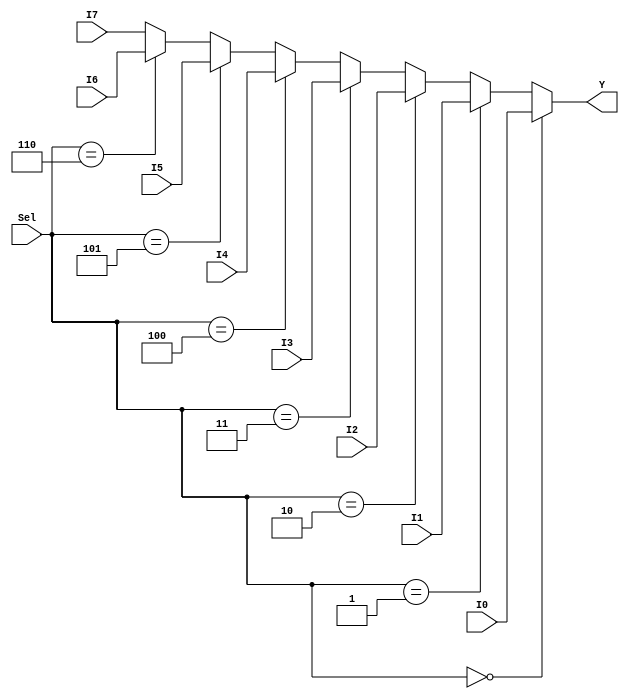
`timescale 1ns / 1ps
//////////////////////////////////////////////////////////////////////////////////
// Company: 
// Engineer: 
// 
// Design Name: 
// Module Name:    mux2_1bus 
// Project Name: 
// Target Devices: 
// Tool versions: 
// Description: 
//
// Dependencies: 
//
// Revision: 
// Revision 0.01 - File Created
// Additional Comments: 
//
//////////////////////////////////////////////////////////////////////////////////
module mux4_4bus(
    input [3:0] I0,
    input [3:0] I1,
	input [3:0] I2,
    input [3:0] I3,
    
    input [3:0] I4,
    input [3:0] I5,
    input [3:0] I6,
    input [3:0] I7,
    
    input  [2:0] Sel,
    output [3:0] Y
); 


assign Y = ( Sel == 0 )? I0 : ( Sel == 1 )? I1 : ( Sel == 2 )? I2 : ( Sel == 3 )? I3 : ( Sel == 4 )? I4 :( Sel == 5 )? I5 :( Sel == 6 )? I6 : I7;

endmodule